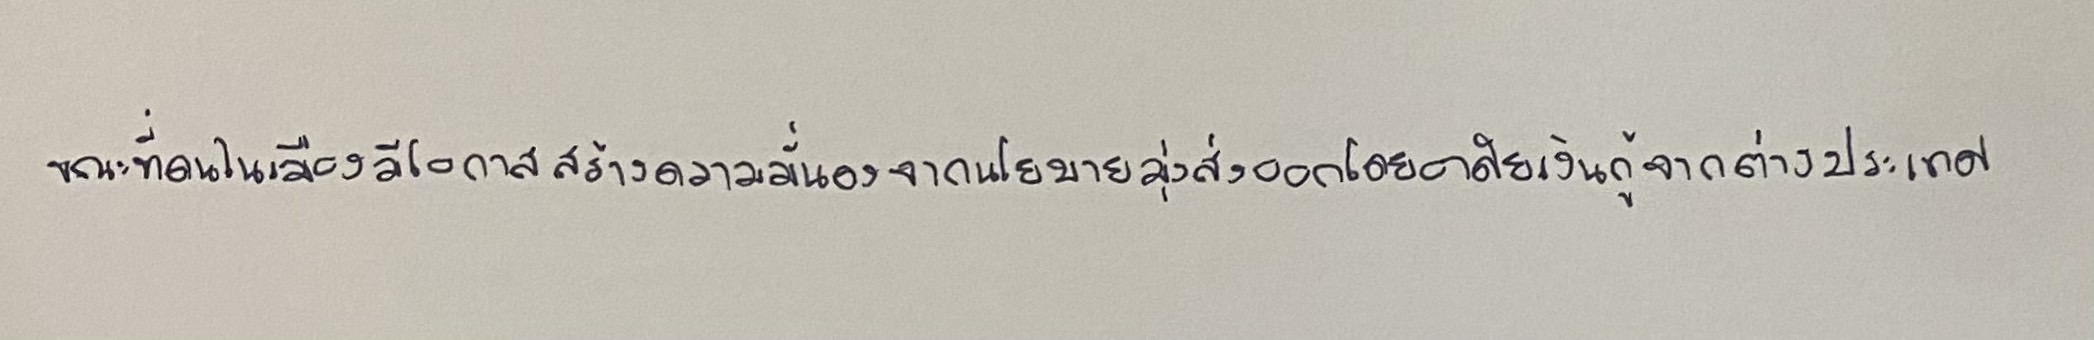
ขณะที่คนในเมืองมีโอกาสสร้างความมั่งคั่งจากนโยบายมุ่งส่งออกโดยอาศัยเงินกู้จากต่างประเทศ